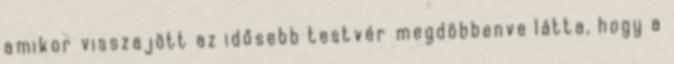
amikor visszajött az idősebb testvér megdöbbenve látta, hogy a